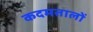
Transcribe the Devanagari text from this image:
कदमतालों